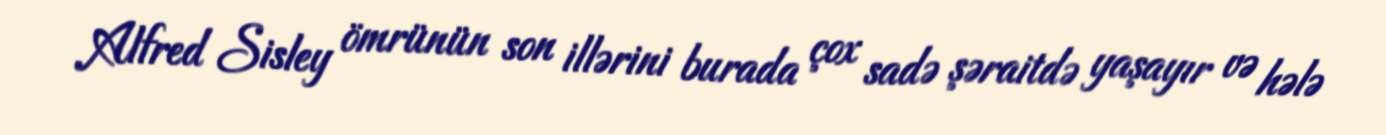
Alfred Sisley ömrünün son illərini burada çox sadə şəraitdə yaşayır və hələ